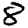
Digit: 8